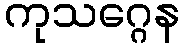
ကုသဂ္ဂေန